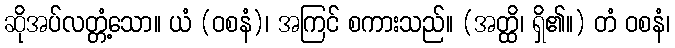
ဆိုအပ်လတ္တံ့သော။ ယံ (ဝစနံ)၊ အကြင် စကားသည်။ (အတ္ထိ၊ ရှိ၏။) တံ ဝစနံ၊